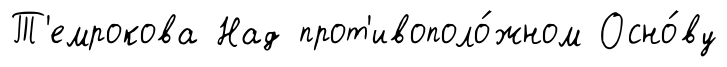
Т'емрокова Над прот'ивополо́жном Осно́ву